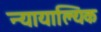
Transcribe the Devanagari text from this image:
न्यायाल्यिक